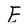
Character: E